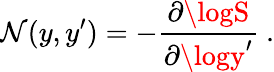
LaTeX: \mathcal{N}(y,y^{\prime})=-{\frac{{\partial\logS}}{{\partial\logy^{\prime}}}}\ .